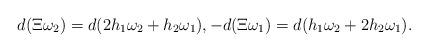
LaTeX: \begin{align*}d(\Xi \omega_2)=d(2h_1\omega_2+h_2\omega_1),-d(\Xi \omega_1)=d(h_1\omega_2+2h_2\omega_1).\end{align*}